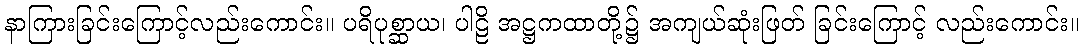
နာကြားခြင်းကြောင့်လည်းကောင်း။ ပရိပုစ္ဆာယ၊ ပါဠိ အဋ္ဌကထာတို့၌ အကျယ်ဆုံးဖြတ် ခြင်းကြောင့် လည်းကောင်း။